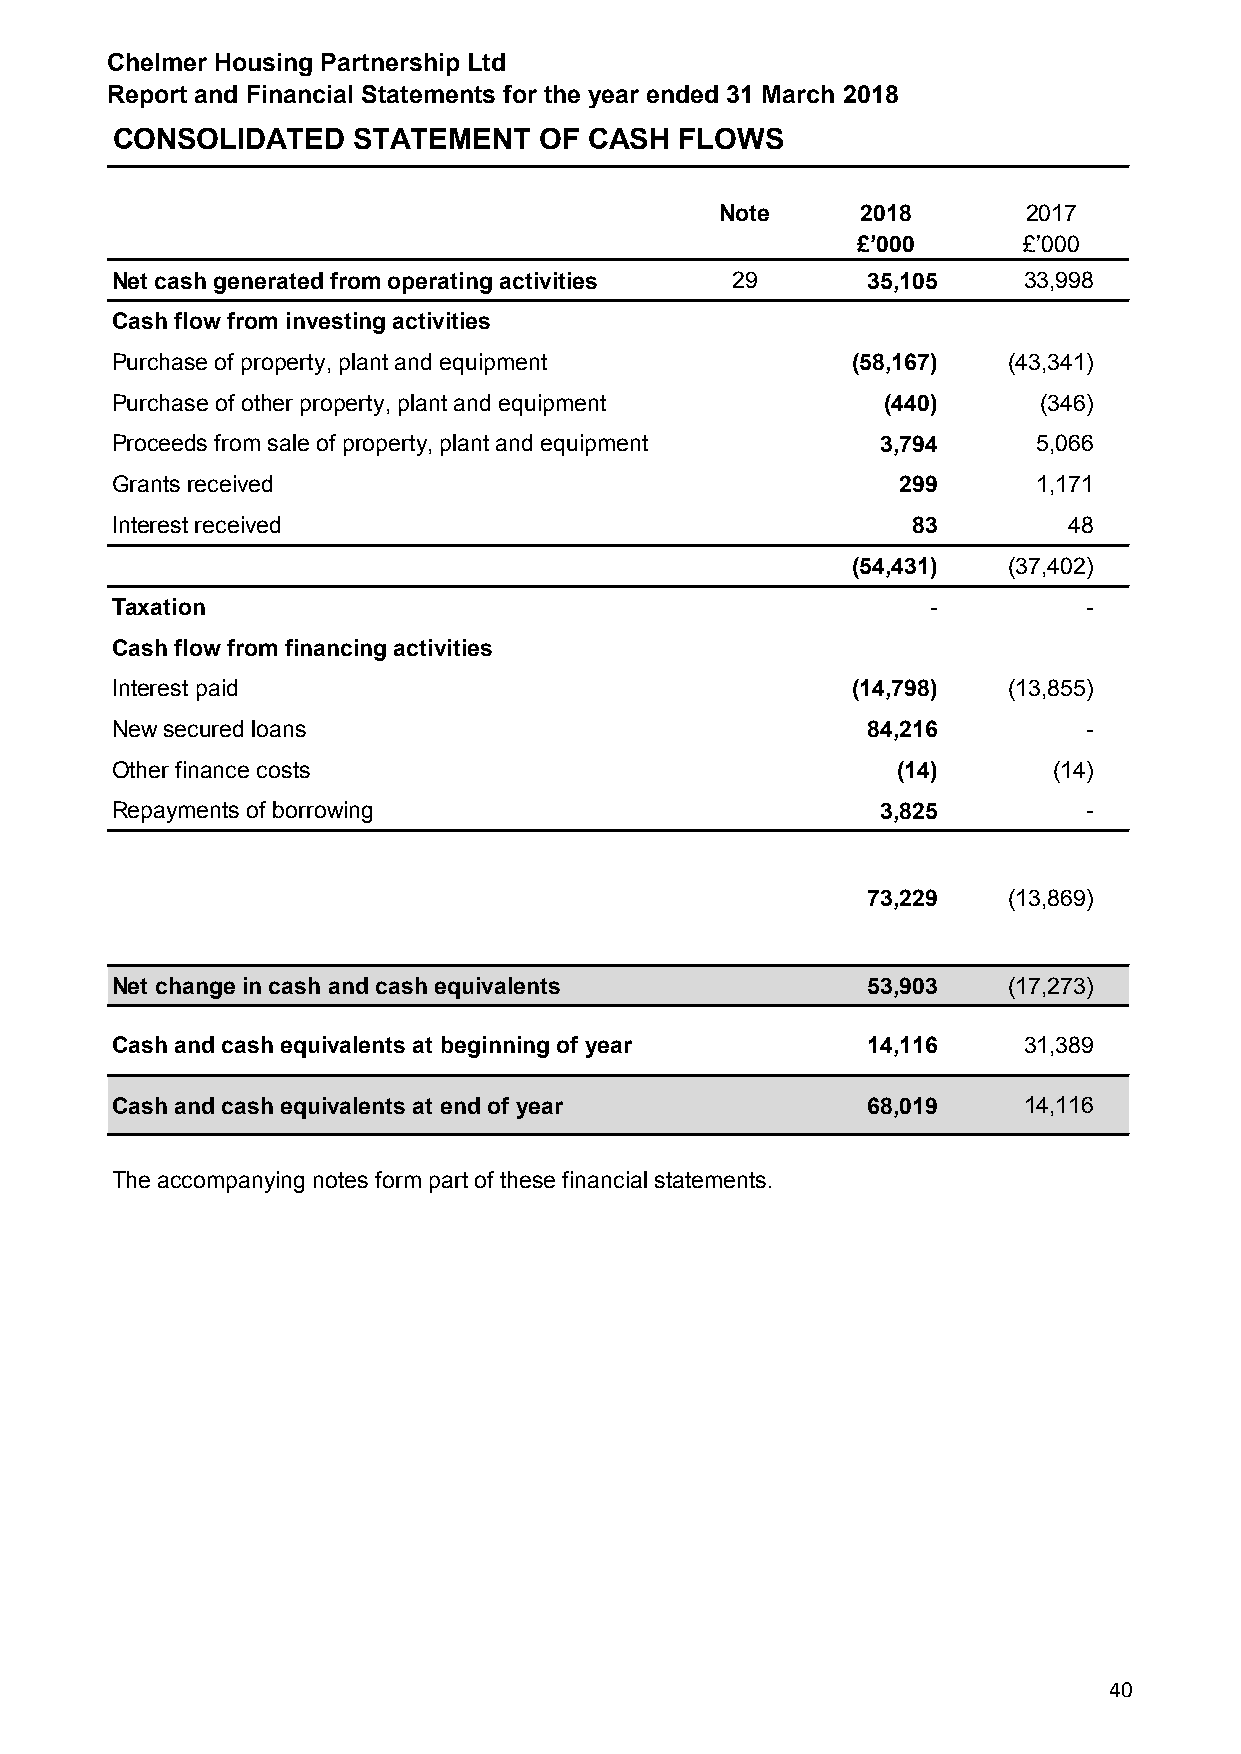
Chelmer Housing Partnership Ltd
 Report and Financial Statements for the year ended 31 March 2018
 CONSOLIDATED    STATEMENT    OF CASH  FLOWS
 Note     2018       2017
 £’000      £’000
 Net cash generated from operating activities 29   35,105     33,998
 Cash flow from investing activities
 Purchase of property, plant and equipment        (58,167)   (43,341)
 Purchase of other property, plant and equipment    (440)      (346)
 Proceeds from sale of property, plant and equipment 3,794     5,066
 Grants received                                      299      1,171
 Interest received                                    83         48
 (54,431)   (37,402)
 Taxation                                               -         -
 Cash flow from financing activities
 Interest paid                                    (14,798)   (13,855)
 New secured loans                                 84,216         -
 Other finance costs                                 (14)       (14)
 Repayments of borrowing                            3,825         -
 73,229    (13,869)
 Net change in cash and cash equivalents           53,903    (17,273)
 Cash and cash equivalents at beginning of year    14,116     31,389
 Cash and cash equivalents at end of year          68,019     14,116
 The accompanying notes form part of these financial statements.
 40